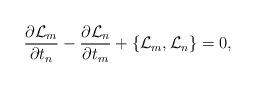
LaTeX: \begin{align*}\frac{\partial \mathcal L_m}{\partial t_n}-\frac{\partial \mathcal L_n}{\partial t_m}+\{\mathcal L_m,\mathcal L_n\}=0,\end{align*}